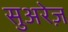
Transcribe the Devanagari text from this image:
सुअरेज़